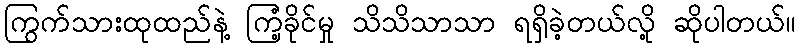
ကြွက်သားထုထည်နဲ့ ကြံ့ခိုင်မှု သိသိသာသာ ရရှိခဲ့တယ်လို့ ဆိုပါတယ်။